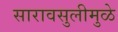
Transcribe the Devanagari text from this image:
सारावसुलीमुळे